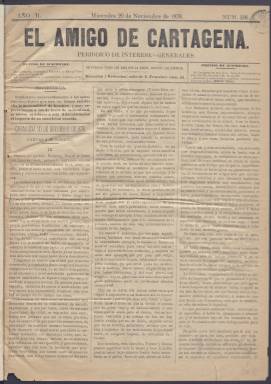
Título: El Amigo de Cartagena
Colección: Periódicos
Ámbito geográfico: Murcia
Lugar de publicación: Cartagena
Fechas: 20/11/1878-30/12/1878